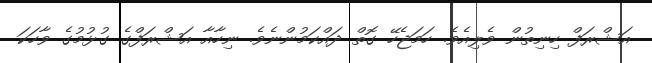
އަޝްރަފް ހިނިތުން ވެލިއެވެ. ހަމަޖެހޭ ގޮތް ދައްކަމުންނެވެ. ނިހާއާ އަޝްރަފްގެ ގުޅުމުގެ ވާހަކަ